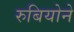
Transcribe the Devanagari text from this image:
रुबियोने